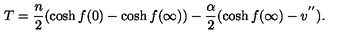
T = \frac { n } { 2 } ( \cosh f ( 0 ) - \cosh f ( \infty ) ) - \frac { \alpha } { 2 } ( \cosh f ( \infty ) - v ^ { ' ^ { \prime } } ) .